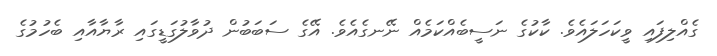
ގެއްލިފައި ވީކަހަލައެވެ. ކާކުގެ ނަސީބެއްކަމެއް ނޭނގެއެވެ. އޭގެ ސަބަބުން ދުވާލުގަޑީގައި ރާޔާއާއި ބެހުމުގެ